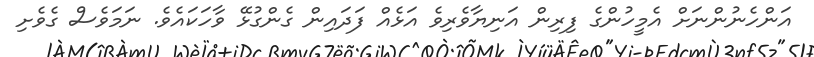
އަންހެނުންނަށް އެމީހުންގެ ފިރިން އަނިޔާވެރިވެ އަޅެއް ފަދައިން ގެންގުޅޭ ވާހަކައެވެ. ނަމަވެސް ގެވެށި